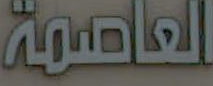
العاصمة